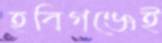
হবিগঞ্জেই